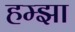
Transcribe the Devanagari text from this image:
हम्झा